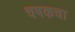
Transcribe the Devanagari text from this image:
चषकचा